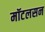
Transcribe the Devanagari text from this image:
मॉटलसन